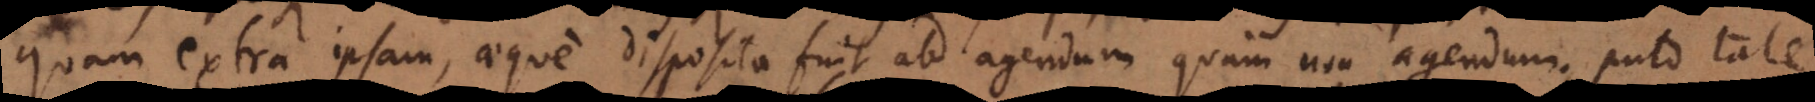
quam extra ipsam, aeque disposita fuit ad agendum quam non agendum; puto tale